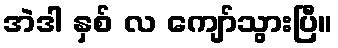
အဲဒါ နှစ် လ ကျော်သွားပြီ။